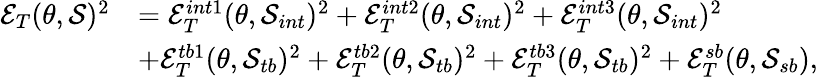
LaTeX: \begin{array}{rl}{\mathcal{E}_{T}(\theta,\mathcal{S})^{2}}&{=\mathcal{E}_{T}^{int1}(\theta,\mathcal{S}_{int})^{2}+\mathcal{E}_{T}^{int2}(\theta,\mathcal{S}_{int})^{2}+\mathcal{E}_{T}^{int3}(\theta,\mathcal{S}_{int})^{2}}\\ &{+\mathcal{E}_{T}^{tb1}(\theta,\mathcal{S}_{tb})^{2}+\mathcal{E}_{T}^{tb2}(\theta,\mathcal{S}_{tb})^{2}+\mathcal{E}_{T}^{tb3}(\theta,\mathcal{S}_{tb})^{2}+\mathcal{E}_{T}^{sb}(\theta,\mathcal{S}_{sb}),}\end{array}